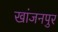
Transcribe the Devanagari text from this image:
खांजनपुर